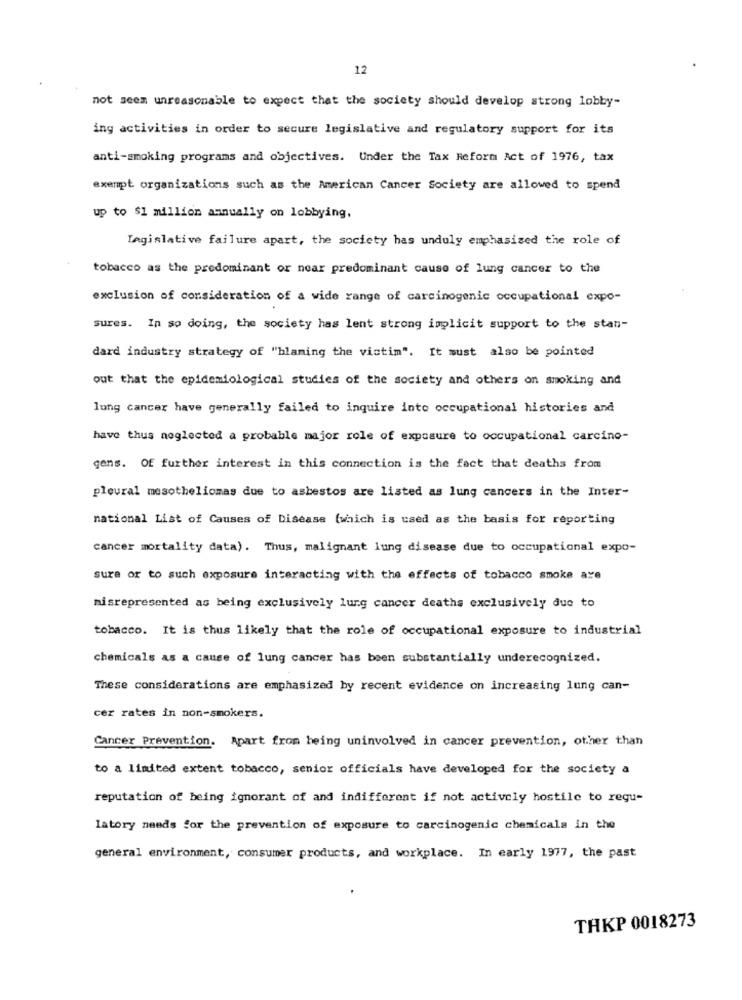
12
not seem unreasonable to expect that the society should develop strong lobby-
ing activities in order to secure legislative and regulatory support for its
anti-smoking programs and objectives. Under the Tax Reform Act of 1976, tax
exempt organizations such as the American Cancer Society are allowed to spend
up to $1 million annually on lobbying.
Legislative failure apart, the society has unduly emphasized the role of
tobacco as the predominant or near predominant cause of lung cancer to the
exclusion of consideration of a wide range of carcinogenic occupational expo-
sures. In so doing, the society has lent strong implicit support to the stan-
dard industry strategy of "blaming the victim". It must also be pointed
out that the epidemiological studies of the society and others on smoking and
lung cancer have generally failed to inquire into occupational histories and
have thus neglected a probable major role of exposure to occupational carcino-
gens. Of further interest in this connection is the fact that deaths from
pleural mesotheliomas due to asbestos are listed as lung cancers in the Inter-
national List of Causes of Disease (which is used as the basis for reporting
cancer mortality data). Thus, malignant lung disease due to occupational expo-
sura or to such exposure interacting with the effects of tobacco smoke are
misrepresented as being exclusively lung cancer deaths exclusively due to
tobacco. It is thus likely that the role of occupational exposure to industrial
chemicals as a cause of lung cancer has been substantially underecognized.
These considerations are emphasized by recent evidence on increasing lung can-
cer rates in non-smokers.
Cancer Prevention. Apart from being uninvolved in cancer prevention, other than
to a limited extent tobacco, senior officials have developed for the society a
reputation of being ignorant of and indifferent if not actively hostile to regu-
latory needs for the prevention of exposure to carcinogenic chemicals in the
general environment, consumer products, and workplace. In early 1977, the past
THKP 0018273